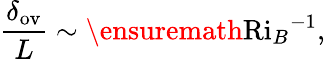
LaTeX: \frac{\delta_{\mathrm{ov}}}{L}\sim\ensuremath{\mathrm{Ri}_{B}}^{-1},